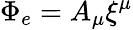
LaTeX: \Phi_{e}=A_{\mu}\xi^{\mu}